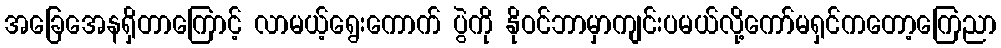
အခြေအေနရှိတာကြောင့် လာမယ့်ရွေးကောက် ပွဲကို နိုဝင်ဘာမှာကျင်းပမယ်လို့ကော်မရှင်ကတော့ကြေညာ